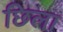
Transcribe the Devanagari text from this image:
छिला